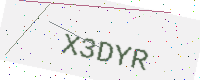
Text: X3DYR